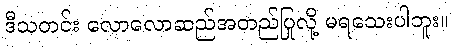
ဒီသတင်း လောလောဆည်အတည်ပြုလို့ မရသေးပါဘူး။